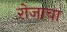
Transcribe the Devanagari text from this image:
रोजाचा